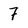
Character: 7